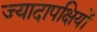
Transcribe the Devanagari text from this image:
ज्यादापक्षियों